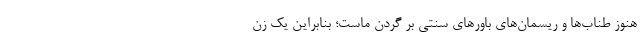
هنوز طناب‌ها و ریسمان‌های باورهای سنتی بر گردن ماست؛ بنابراین یک زن